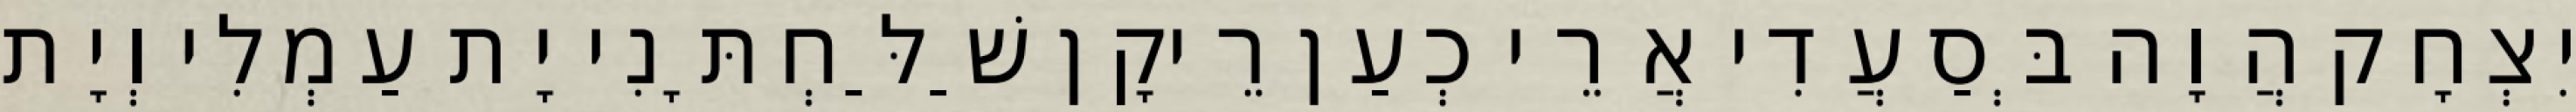
יִצְחָק הֲוָה בְּסַעֲדִי אֲרֵי כְעַן רֵיקָן שַׁלַּחְתָּנִי יָת עַמְלִי וְיָת